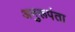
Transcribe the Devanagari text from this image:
अनुरूपंता